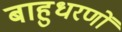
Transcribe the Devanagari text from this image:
बाहुधरणों